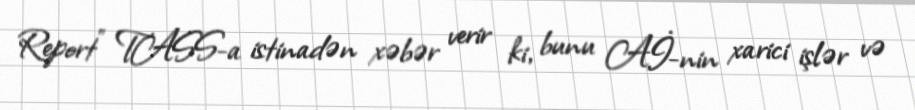
Report" TASS-a istinadən xəbər verir ki, bunu Aİ-nin xarici işlər və